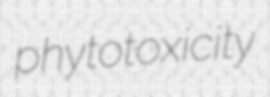
phytotoxicity